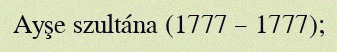
Ayşe szultána (1777 – 1777);